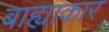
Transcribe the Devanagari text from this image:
बाह्याकार